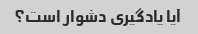
آیا یادگیری دشوار است؟